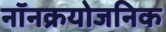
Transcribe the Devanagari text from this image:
नॉनक्रयोजनिक